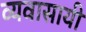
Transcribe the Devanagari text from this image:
व्यवासायी